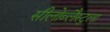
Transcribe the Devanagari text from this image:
सीलोब्लैस्टुला